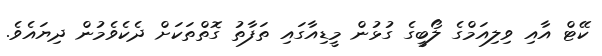
ކޭޓް އާއި ވިލިއަމްގެ ލޯބީގެ ގުޅުން މީޑިއާގައި ތަފާތު ގޮތްތަކަށް ދެކެވެމުން ދިޔައެވެ.